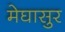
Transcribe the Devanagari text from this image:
मेघासुर